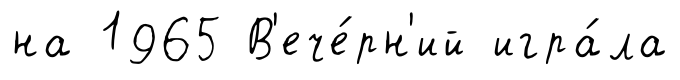
на 1965 В'ече́рн'ий игра́ла